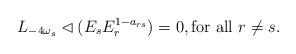
LaTeX: \begin{align*} L_{-4\omega_s}\lhd (E_sE_r^{1-a_{rs}})=0,\textrm{for all }r\neq s.\end{align*}